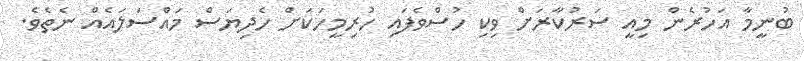
ބުނީމާ އަހުރެން މިއީ ސަރުކާރަށް ވިކި ހުސްވެފައި ހުރިމީހަކަށް ހެދިޔަސް މައްސަލައެއް ނެތެވެ.